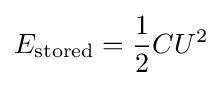
E_{\mathrm {stored} }={1 \over 2}CU^{2}